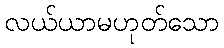
လယ်ယာမဟုတ်သော